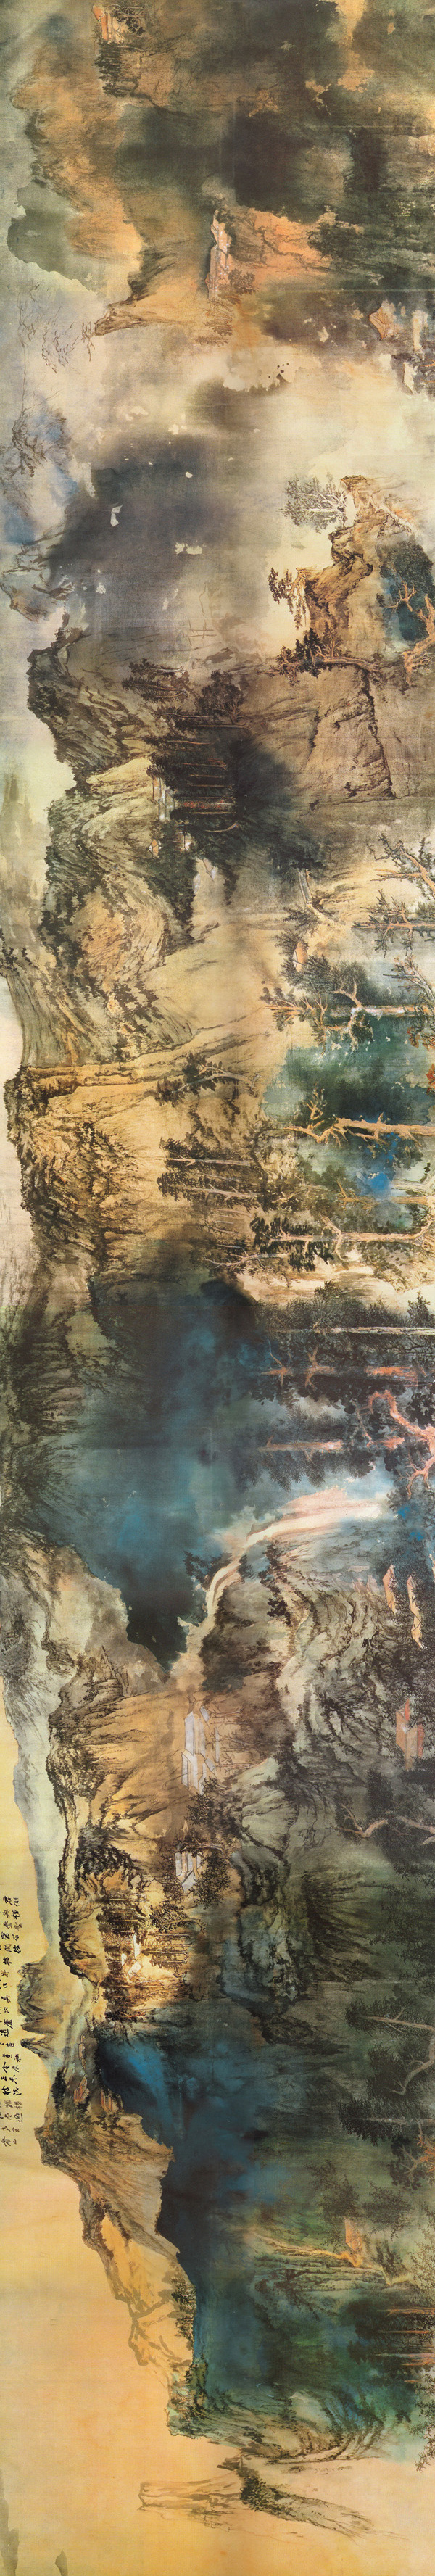
庐山烟雨浙江潮，未至千般恨不消。